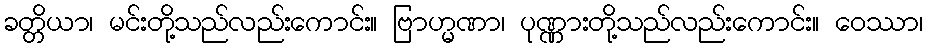
ခတ္တိယာ၊ မင်းတို့သည်လည်းကောင်း။ ဗြာဟ္မဏာ၊ ပုဏ္ဏားတို့သည်လည်းကောင်း။ ဝေဿာ၊